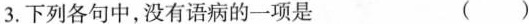
3.下列各句中，没有语病的一项是 ( )